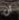
أن